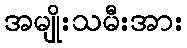
အမျိုးသမီးအား